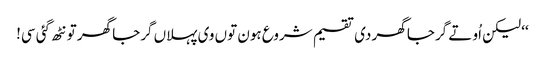
‘‘ لیکن اُو تے گرجا گھر دی تقسیم شروع ہون توں وی پہلاں گرجا گھر تو نٹھ گئی سی!